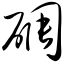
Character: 碉